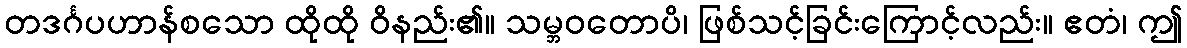
တဒင်္ဂပဟာန်စသော ထိုထို ဝိနည်း၏။ သမ္ဘဝတောပိ၊ ဖြစ်သင့်ခြင်းကြောင့်လည်း။ ဧတံ၊ ဤ